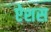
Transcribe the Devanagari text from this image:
ऐशस